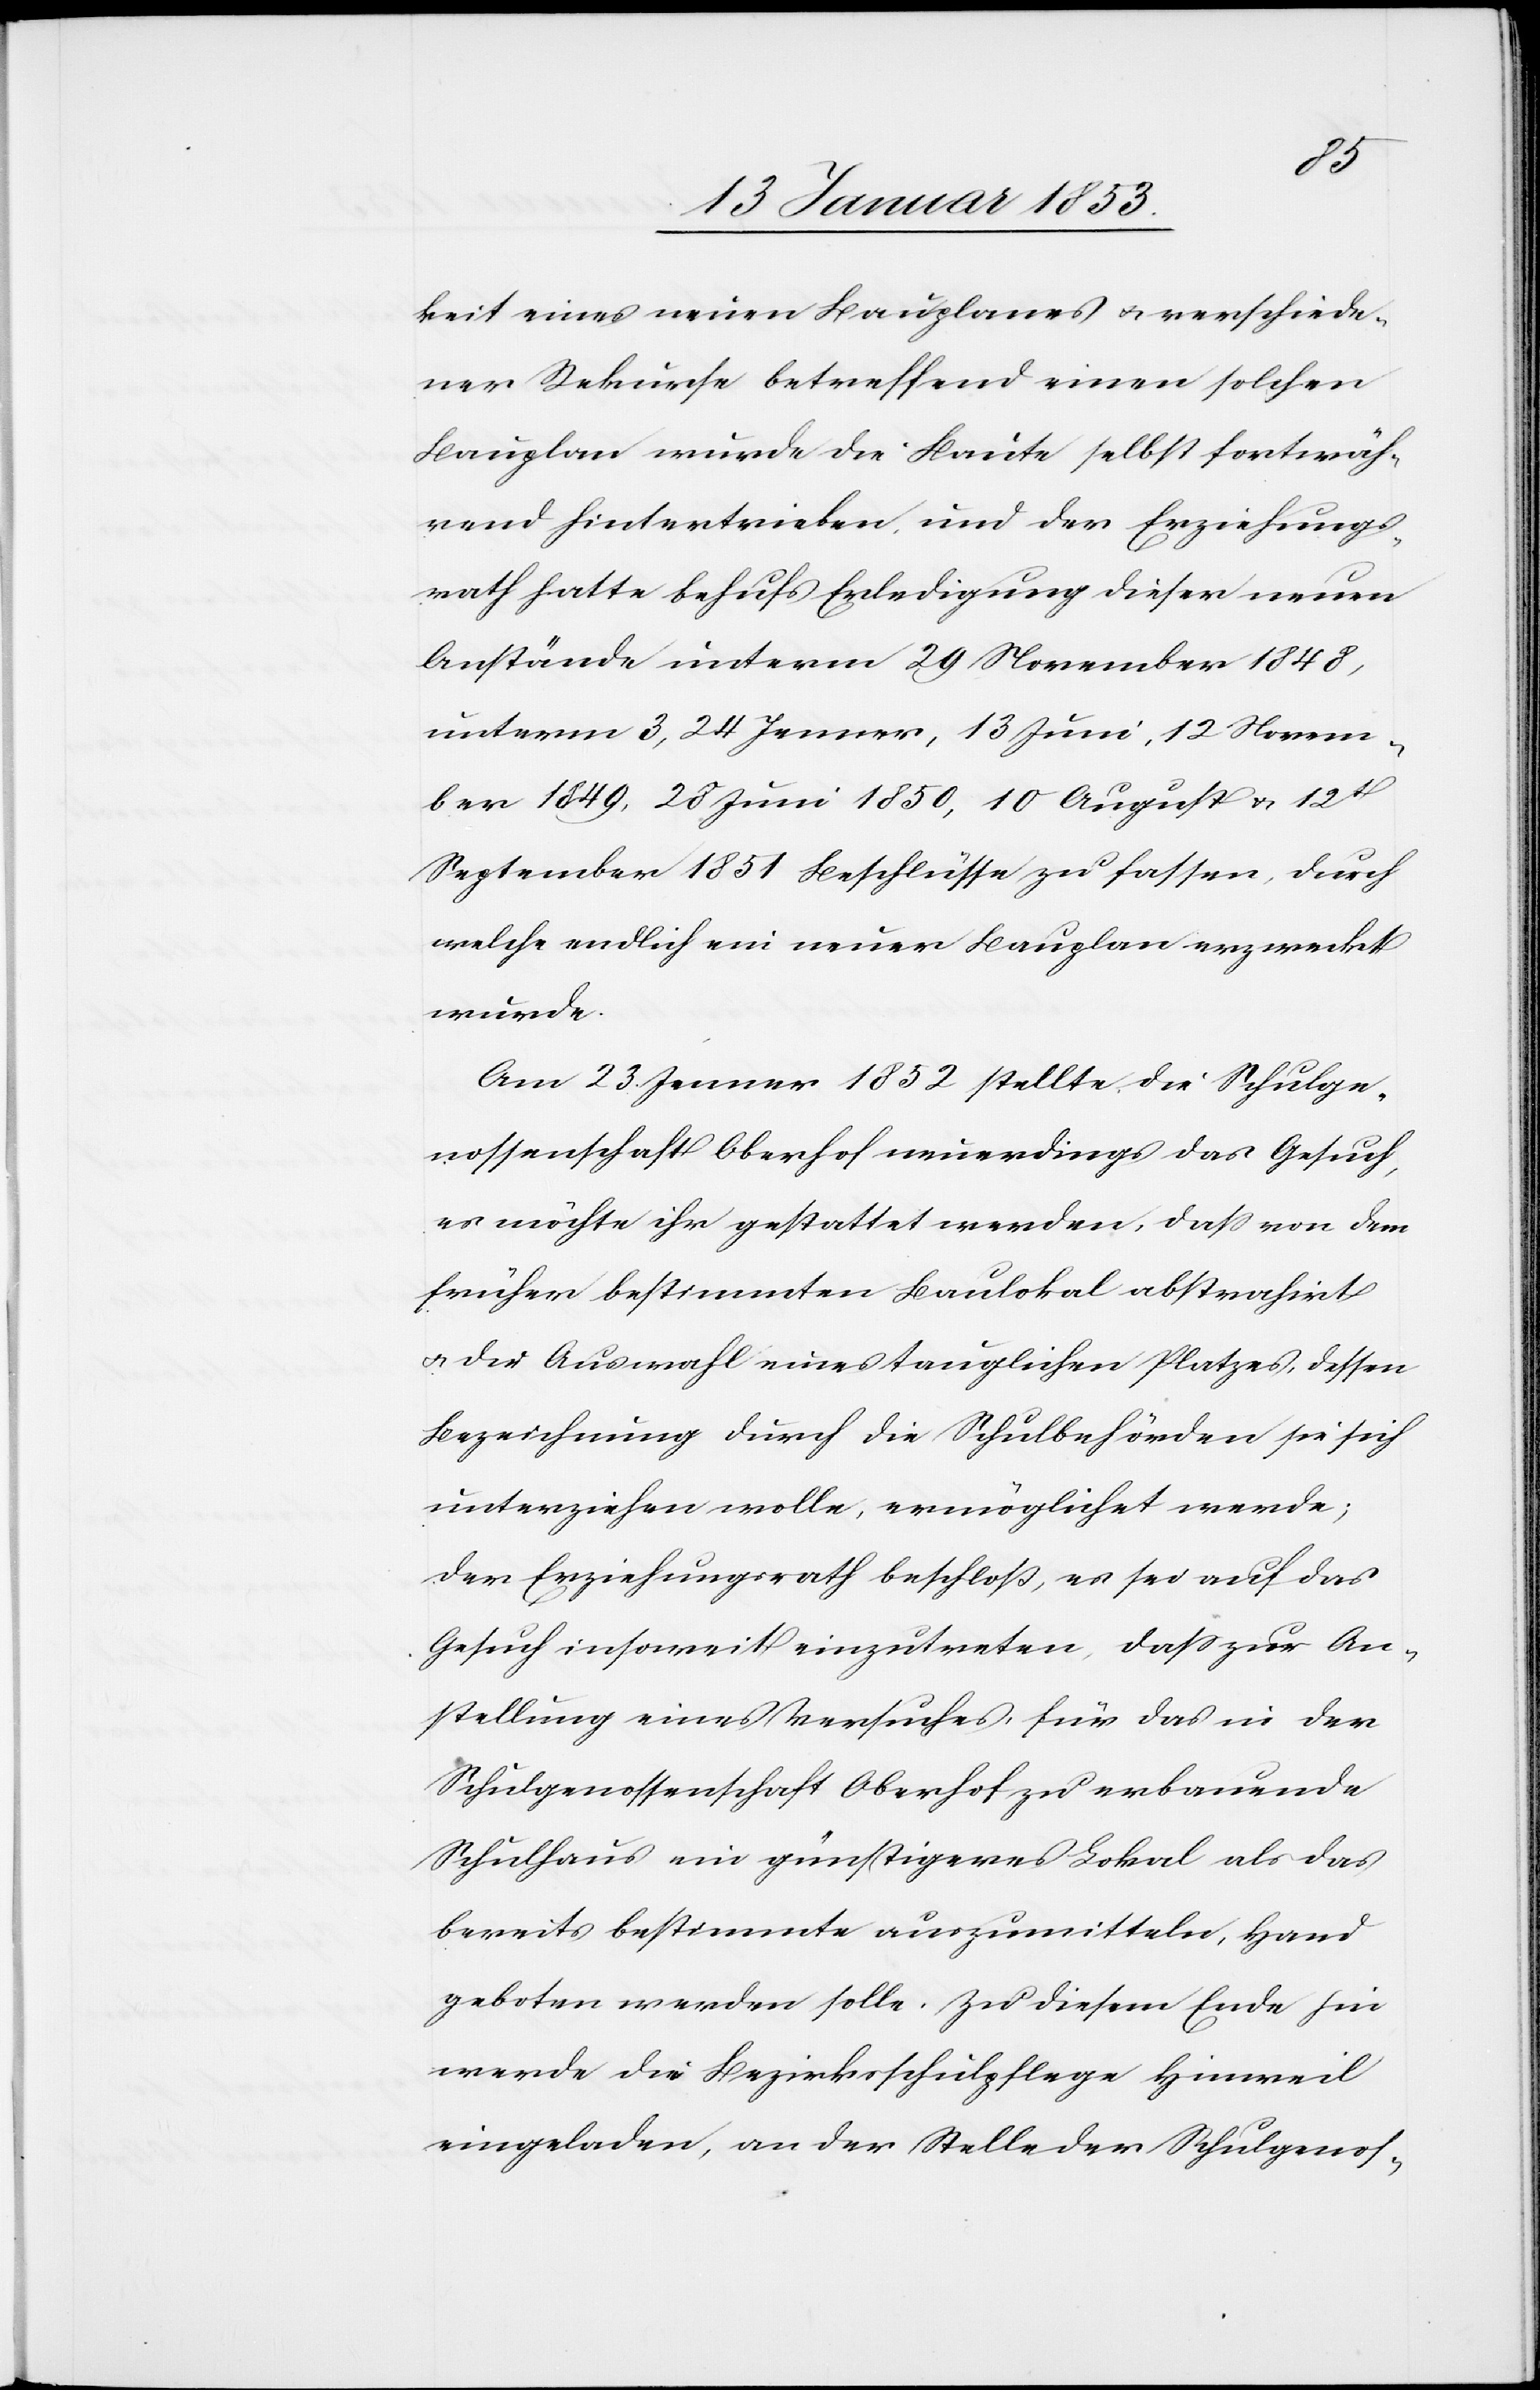
chied¬
ener Rekurse betreffend einen solchen
Bauplan wurde die Baute selbst fortwäh¬
rend hintertrieben, und der Erziehungs¬
rath hatte behufs Erledigung dieser neuen
Bestände unterm 29 November 1848,
unterm 3, 23 Jenner, 13 Juni, 12 Novem¬
ber 1849, 23 Juni 1850, 10 August u. 12t.
September 1851 Beschlusse zu fassen, durch
welche endlich ein neuer Bauplan erzweckt
wurde.
Am 23 Jenner 1852 stellte die Schulge¬
nossenschaft Oberhof neuerdings das Gesuch,
es möchte ihr gestattet werden, daß von dem
früher bestimmten Baulokal abstrahirt
u. die Auswahl eines tauglichen Platzes, dessen
Bezeichnung durch die Schulbehörden sie sich
unterziehen wolle, ermöglichet werde;
der Erziehungsrath beschloss, es sei auf das
Gesuch insoweit einzutreten, daß zur An¬
stellung eines Versuches für das in der
Schulgenossenschaft Oberhof zu erbauende
Schulhaus ein günstigeres Lokal als das
bereits bestimmte auszumitteln, Hand
geboten werden solle. Zu diesem Ende hin
werde die Bezirksschulpflege Hinweil
eingeladen, an der Stelle der Schulgenos-